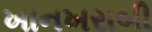
ખાનખરાબી